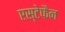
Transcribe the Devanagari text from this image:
एस्टेफैन